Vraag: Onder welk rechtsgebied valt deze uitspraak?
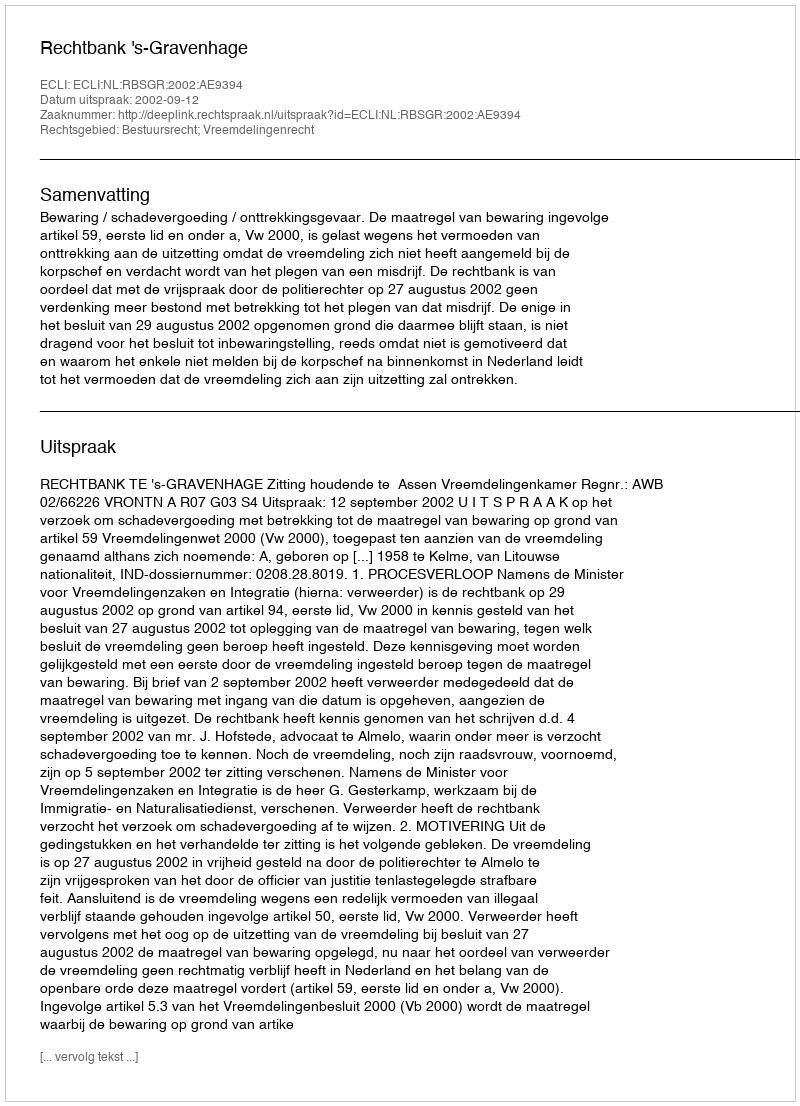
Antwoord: Bestuursrecht; Vreemdelingenrecht